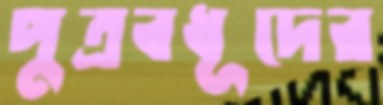
পুত্রবধূদের